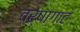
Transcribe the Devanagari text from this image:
वर्षागाट